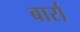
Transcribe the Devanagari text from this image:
बार्रा